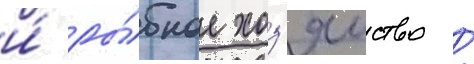
и́ ры́бное хоз'яиство /